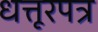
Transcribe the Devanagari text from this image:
धत्तूरपत्र